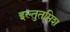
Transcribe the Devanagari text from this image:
इल्‍तुतमिश